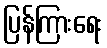
ပြန်ကြားရေး